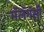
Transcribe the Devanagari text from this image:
मॅलॅगॅसी